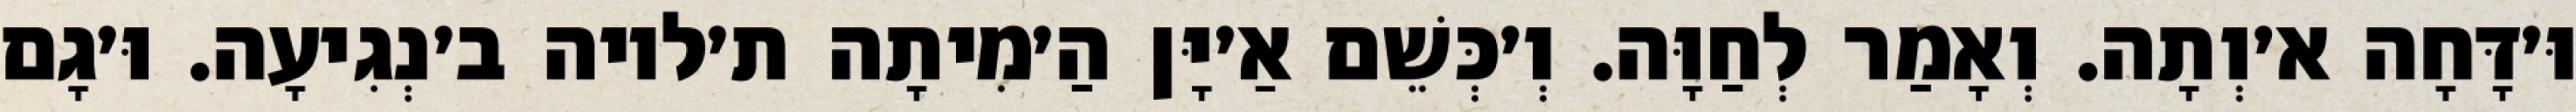
וּ׳דָּחָה א׳וְתָה. וְאָמַר לְחַוָּה. וְ׳כְּשֵׁם אַ׳יָּן הַ׳מִיתָה ת׳לויה ב׳נְגִיעָה. וּ׳גָם